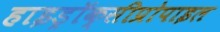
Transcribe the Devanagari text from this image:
हाइड्रॉक्सीप्रोपाइल